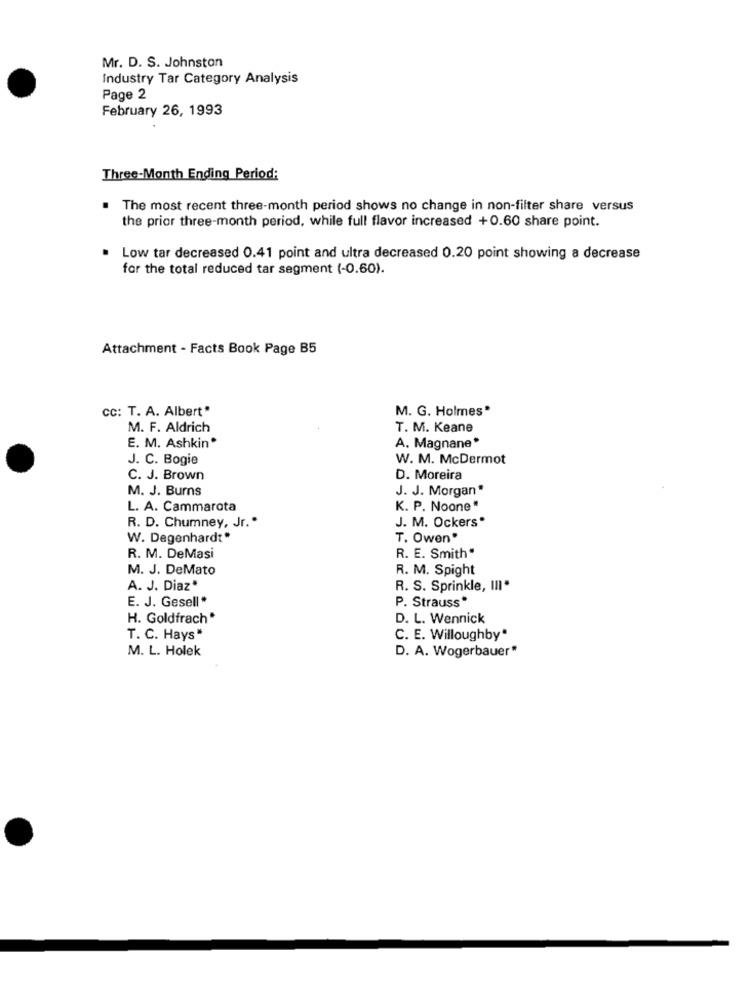
Mr. D. S. Johnston
Industry Tar Category Analysis
Page 2
February 26, 1993
Three-Month Ending Period:
The most recent three-month period shows no change in non-filter share versus
the prior three-month period, while full flavor increased +0.60 share point.
Low tar decreased 0.41 point and ultra decreased 0.20 point showing a decrease
for the total reduced tar segment (-0.60).
Attachment - Facts Book Page B5
cc: T. A. Albert"
M. G. Holmes"
M. F. Aldrich
T. M. Keane
E. M. Ashkin®
A. Magnane"
J. C. Bogie
W. M. McDermot
C. J. Brown
D. Moreira
M. J. Burns
J. J. Morgan*
L. A. Cammarota
K. P. Noone "
J. M. Ockers"
R. D. Chumney, Jr."
W. Degenhardt*
T. Owen"
R. M. DeMasi
R. E. Smith"
M. J. DeMato
R. M. Spight
A. J. Diaz"
R. S. Sprinkle, III "
E. J. Gesell*
P. Strauss*
H. Goldfrach*
D. L. Wennick
T. C. Hays"
C. E. Willoughby"
M. L. Holek
D. A. Wogerbauer"